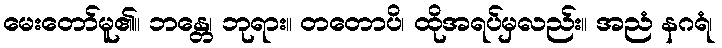
မေးတော်မူ၏။ ဘန္တေ၊ ဘုရား။ တတောပိ၊ ထိုအရပ်မှလည်း။ အညံ နဂရံ၊